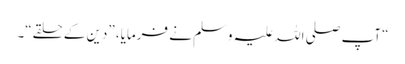
“ آپ صلی اللہ علیہ وسلم نے فرمایا، ”دین کے حلقے“۔